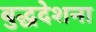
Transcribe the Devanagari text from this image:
बुद्धदेशना